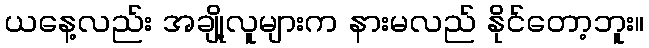
ယနေ့လည်း အချို့လူများက နားမလည် နိုင်တော့ဘူး။